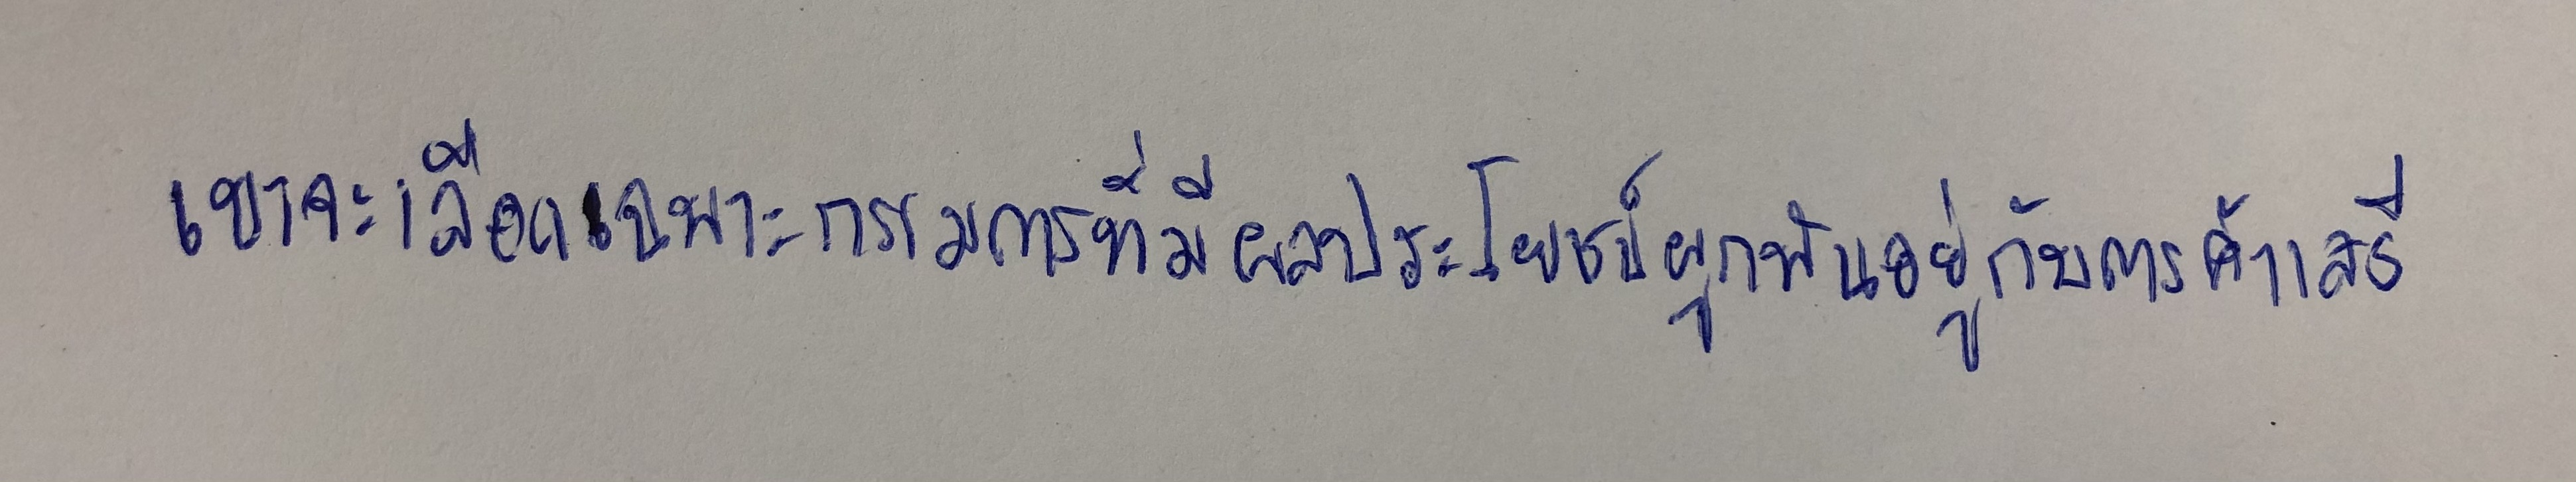
เขาจะเลือกเฉพาะกรรมการที่มีผลประโยชน์ผูกพันอยู่กับการค้าเสรี